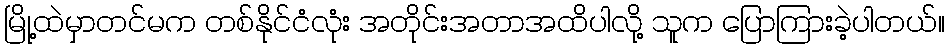
မြို့ထဲမှာတင်မက တစ်နိုင်ငံလုံး အတိုင်းအတာအထိပါလို့ သူက ပြောကြားခဲ့ပါတယ်။